Madras plague regulations and rules for the inspection of inward and outward bound vessels - Volume 1
Disease focus: Plague
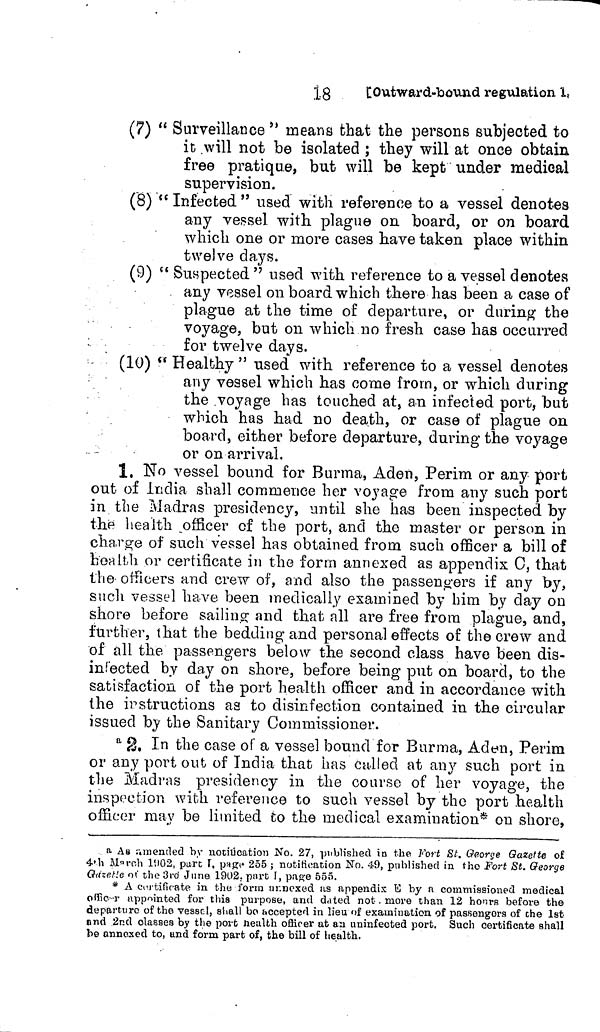
. 1-8
[Outward-bound regulation 1,
(7) " Surveillance " means that the persons subjected to
it .will not be isolated ; they will at once obtain
free pratique, but will be kept under medical
supervision.
(8) " Infected " used with reference to a vessel denotes
any vessel with plague on board, or on board
which one or more cases have taken place within
twelve days.
(9) " Suspected " used with reference to a vessel denotes
any vessel on board which there has been a case of
plague at the time of departure, or during- the
voyage, but on which no fresh case has occurred
for twelve days.
(10) " Healthy " used with reference to a vessel denotes
any vessel which has come from, or which during
the voyage bas touched at, an infected port, but
which has had no death, or case of plague on
board, either before departure, during the voyage
or on arrival.
1. No vessel bound for Burma, Aden, Perim or any port
out of iridia shall commence her voyage from any such port
in the Madras presidency, until she has been inspected by
the health officer of the port, and the master or person in
charge of such vessel has obtained from such officer a bill of
health or certificate in the form annexed as appendix C, that
the officers and crew of, and also the passengers if any by,
such vessel have been medically examined by him by clay on
shore before sailing and that all are free from plague, and,
further, that the bedding and personal effects of the crew and
of all the passengers below the second class have been dis-
infected by day on shore, before being put on board, to the
satisfaction of the port health officer and in accordance with
the instructions as to disinfection contained in the circular
issued by the Sanitary Commissioner.
a 2. In the case of a vessel bound for Burma, Aden, Perim
or any port out of India that has called at any such port in
the Madras presidency in the course of her voyage, the
inspection with reference to such vessel by the port health
officer may be limited to the medical examination* on shore,
a As amended by notitication No. 27, published in the Fort St. George Gazette of
4th March 1902, part 1, page 255 ; notification No. 49, published in the Fort St. George
Qazetie of the 3rd June 1902. part I, page 555.
* A certificate in the form annexed as appendix B by a commissioned medical
officer appointed for this purpose, and dated not more than 12 hours before the
departure of the vessel, shall bo accepted in lieu of examination of passengers of che 1st
and 2nd classes by the port Health officer at an uninfected port. Such certificate shall
be annexed to, and form part of, the bill of health.